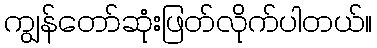
ကျွန်တော်ဆုံးဖြတ်လိုက်ပါတယ်။